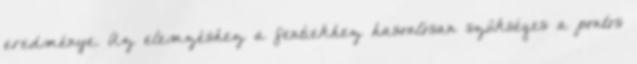
eredménye. Az elemzéshez a fentiekhez hasonlósan szükséges a pontos